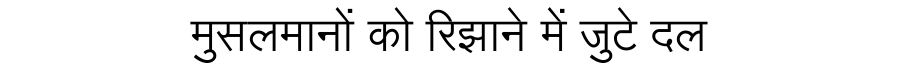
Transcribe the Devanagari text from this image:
मुसलमानों को रिझाने में जुटे दल